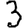
Digit: 3